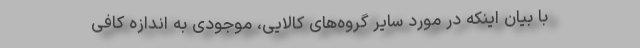
با بیان اینکه در مورد سایر گروه‌های کالایی، موجودی به اندازه کافی